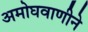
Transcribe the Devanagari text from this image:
अमोघवाणीने